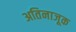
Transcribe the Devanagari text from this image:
अतिनाजूक